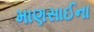
માણસાઈના